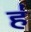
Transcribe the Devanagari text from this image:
ह॑